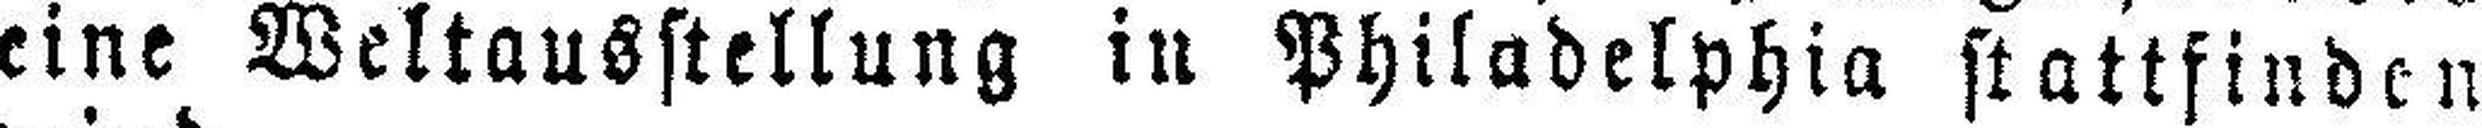
eine Weltausstellung in Philadelphia stattfinden